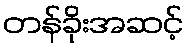
တန်ခိုးအဆင့်